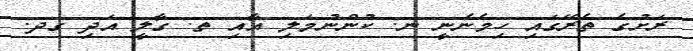
ރަށުގެ ތެރޭގައި ހިމެނެނީ ނ. ކުންނުމަލި އާއި ތ. ގާލީ އަދި ގދ.